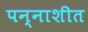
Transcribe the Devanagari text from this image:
पन्नाशीत